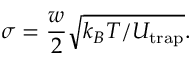
\sigma = \frac { w } { 2 } \sqrt { k _ { B } T / U _ { \mathrm { t r a p } } } .